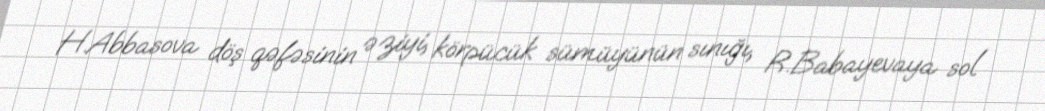
H.Abbasova döş qəfəsinin əziyi, körpücük sümüyünün sınığı, R.Babayevaya sol